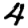
Digit: 4